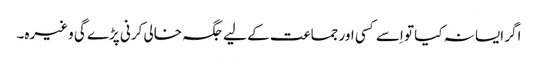
اگر ایسا نہ کیا تو اِسے کسی اور جماعت کے لیے جگہ خالی کرنی پڑے گی وغیرہ۔